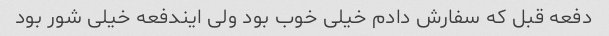
دفعه قبل که سفارش دادم خیلی خوب بود ولی ایندفعه خیلی شور بود